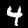
Digit: 4